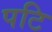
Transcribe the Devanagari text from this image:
पटि